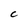
Character: C